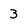
Character: 3